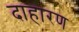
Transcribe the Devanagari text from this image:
दाहारण